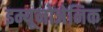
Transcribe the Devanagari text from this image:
इम्यूनोजेनिक